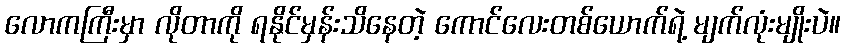
လောကကြီးမှာ လိုတာကို ရနိုင်မှန်းသိနေတဲ့ ကောင်လေးတစ်ယောက်ရဲ့ မျက်လုံးမျိုးပဲ။